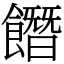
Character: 䭙